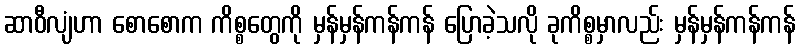
ဆာဝီလျံဟာ စောစောက ကိစ္စတွေကို မှန်မှန်ကန်ကန် ပြောခဲ့သလို ခုကိစ္စမှာလည်း မှန်မှန်ကန်ကန်